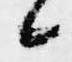
候